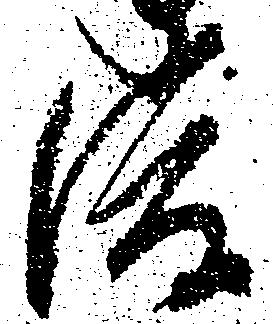
渡